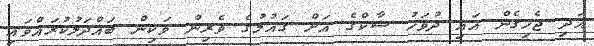
އަދި ޖެހިގެން އައި ދުވަހު ސާކްގެ އަށް ގައުމުގެ ވެރިން ވަކިން ބައްދަލުކުރައްވައި